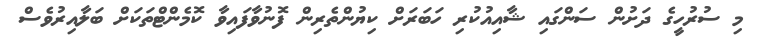
މި ސުރުހީގެ ދަށުން ސަންގައި ޝާއިއުކުރި ހަބަރަށް ކިޔުންތެރިން ފޮނުވާފައިވާ ކޮމެންޓްތަކަށް ބަލާއިރުވެސް